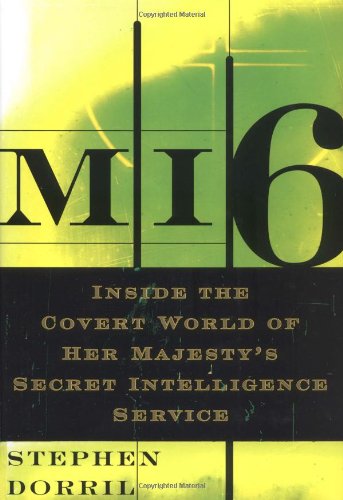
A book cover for MI6: Inside the Covert World of Her Majesty's Secret Intelligence Service; Stephen Dorril; History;